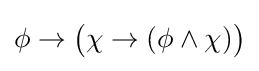
\phi \to {\big (}\chi \to (\phi \land \chi ){\big )}